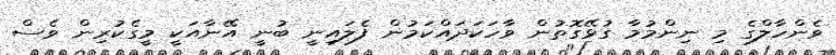
ވެންހާލްގެ މި ނިންމުމާ ގުޅޭގޮތުން ވާހަކަދައްކަމުން ފެލައިނީ ބުނީ އޭނާއަކީ މީގެކުރިން ވެސް